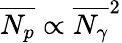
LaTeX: \overline{{N_{p}}}\propto\overline{{N_{\gamma}}}^{2}